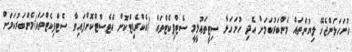
ހުށަހަޅަންޖެހޭ ލިޔުންތައް މެންބަރުކަމަށް އެދި ހުށަހަޅާ ސިޓީތަޢުލީމީ ސެޓްފިކެޓްތައް (އެކްރެޑިޓްކޮށް އެޓެސްޓްކޮށްފައިވާ ސެޓްފިކެޓްތައް)މެންބަރުކަމަށް